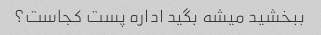
ببخشید میشه بگید اداره پست کجاست؟